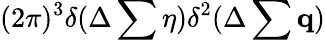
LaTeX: (2\pi)^{3}\delta(\Delta\sum\eta)\delta^{2}(\Delta\sum{\mathbf q})